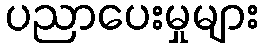
ပညာပေးမှုများ